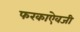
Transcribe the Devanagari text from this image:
फरकाऐवजी